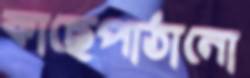
কাছেপাঠানো